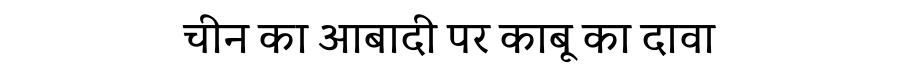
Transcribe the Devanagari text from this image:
चीन का आबादी पर काबू का दावा